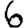
Digit: 6